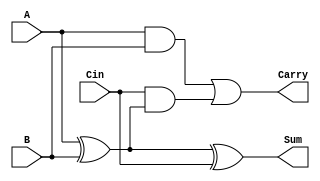
module carry_save_adder (
    input [N-1:0] A,
    input [N-1:0] B,
    input [N-1:0] Cin,
    output [N-1:0] Sum,
    output [N-1:0] Carry
);
parameter N = 8; // Bit-width of the inputs

assign Sum = A ^ B ^ Cin; // Sum calculation using XOR
assign Carry = (A & B) | (Cin & (A ^ B)); // Carry calculation

endmodule